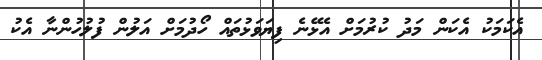
އެކަމަކު އެކަން މަދު ކުރުމަށް އެޅޭނެ ފިޔަވަޅުތައް ހޯދުމަށް އަލުން ފުލުހުންނާ އެކު